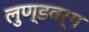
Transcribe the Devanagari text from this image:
लुण्डवर्ग